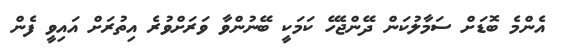
އެންމެ ބޮޑަށް ސަމާލުކަން ދޭންޖެހޭ ކަމަކީ ބޭނުންވާ ވަރަށްވުރެ އިތުރަށް އައިވީ ފެން